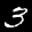
Label: 3